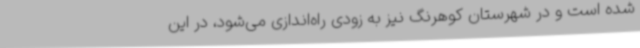
شده است و در شهرستان کوهرنگ نیز به زودی راه‌اندازی می‌شود، در این